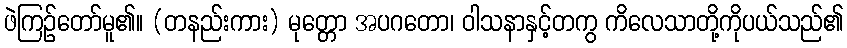
ဖဲကြဉ်တော်မူ၏။ (တနည်းကား) မုတ္တော အပဂတော၊ ဝါသနာနှင့်တကွ ကိလေသာတို့ကိုပယ်သည်၏